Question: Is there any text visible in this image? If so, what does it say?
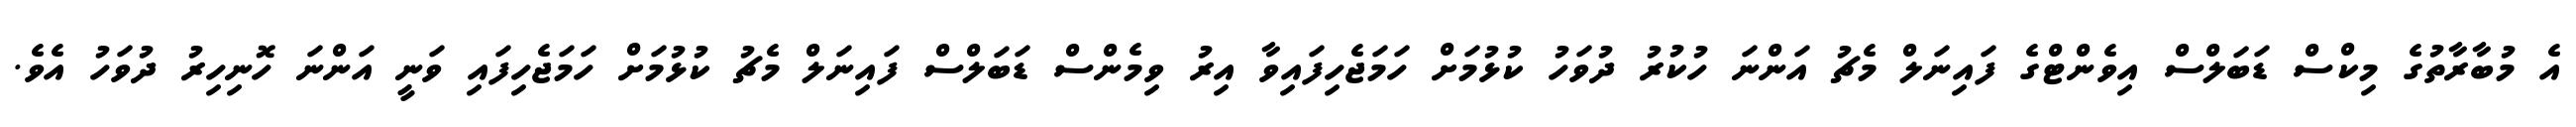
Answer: އެ މުބާރާތުގެ މިކްސް ޑަބަލްސް އިވެންޓްގެ ފައިނަލް މެޗު އަންނަ ހުކުރު ދުވަހު ކުޅުމަށް ހަމަޖެހިފައިވާ އިރު ވިމެންސް ޑަބަލްސް ފައިނަލް މެޗު ކުޅުމަށް ހަމަޖެހިފައި ވަނީ އަންނަ ހޮނިހިރު ދުވަހު އެވެ.